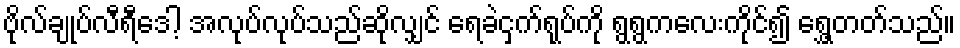
ဗိုလ်ချုပ်လီရီဒေါ့ အလုပ်လုပ်သည်ဆိုလျှင် ရေခဲငှက်ရုပ်ကို ရွရွကလေးကိုင်၍ ရွှေ့တတ်သည်။